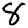
Digit: 8